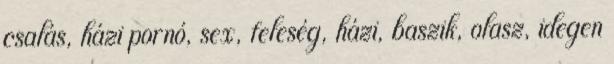
csalás, házi pornó, sex, feleség, házi, baszik, olasz, idegen